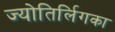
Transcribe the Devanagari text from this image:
ज्योतिर्लिगका